French and German assistants in Scottish schools and training centres, 1939
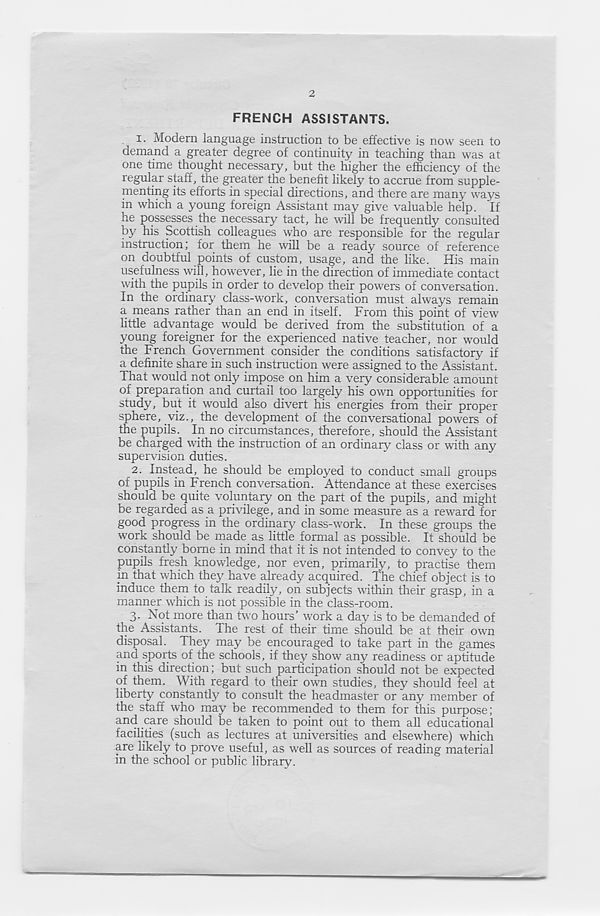
2
FRENCH ASSISTANTS.
i.
Modern language instructio
demand a greater degree of continuity in teaching than was at
one time thought necessary, but the higher the efficiency of the
regular staff, the greater the benefit likely to accrue from supple-
menting its efforts in special directions, and there are many ways
in which a young foreign Assistant may give valuable help. If
he possesses the necessary tact, he will be frequently consulted
by his Scottish colleagues who are responsible for the regular
instruction; for them he will be a ready source of reference
on doubtful points of custom, usage, and the like. His main
usefulness will, however, lie in the direction of immediate contact
with the pupils in order to develop their powers of conversation.
In the ordinary class-work, conversation must always remain
a means rather than an end in itself. From this point of view
little advantage would be derived from the substitution of a
young foreigner for the experienced native teacher, nor would
the French Government consider the conditions satisfactory if
a definite share in such instruction were assigned to the Assistant.
That would not only impose on him a very considerable amount
of preparation and curtail too largely his own opportunities for
study, but it would also divert his energies from their proper
sphere, viz., the development of the conversational powers of
the pupils. In no circumstances, therefore, should the Assistant
be charged with the instruction of an ordinary class or with any
supervision duties.
2. instead, he should be employed to conduct small groups
of pupils in French conversation. Attendance at these exercises
should be quite voluntary on the part of the pupils, and might
be regarded as a privilege, and in some measure as a reward for
good progress in the ordinary class-work. In these groups the
work should be made as little formal as possible. It should be
constantly borne in mind that it is not intended to convey to the
pupils fresh knowledge, nor even, primarily, to practise them
in that which they have already acquired. The chief object is to
induce them to talk readily, on subjects within their grasp, in a
manner which is not possible in the class-room.
3. Not more than two hours’ work a day is to be demanded of
the Assistants. The rest of their time should be at their own
disposal. They may be encouraged to take part in the games
and sports of the schools, if they show any readiness or aptitude
in this direction; but such participation should not be expected
of them. With regard to their own studies, they should feel at
liberty constantly to consult the headmaster or any member of
the staff who may be recommended to them for this purpose;
and care should be taken to point out to them all educational
facilities (such as lectures at universities and elsewhere) which
are likely to prove useful, as well as sources of reading material
in the school or public library.